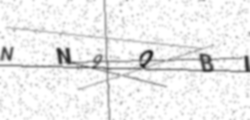
Text: NN9QBI